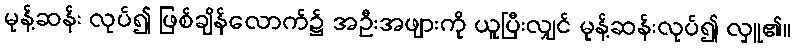
မုန့်ဆန်း လုပ်၍ ဖြစ်ချိန်လောက်၌ အဦးအဖျားကို ယူပြီးလျှင် မုန့်ဆန်းလုပ်၍ လှူ၏။